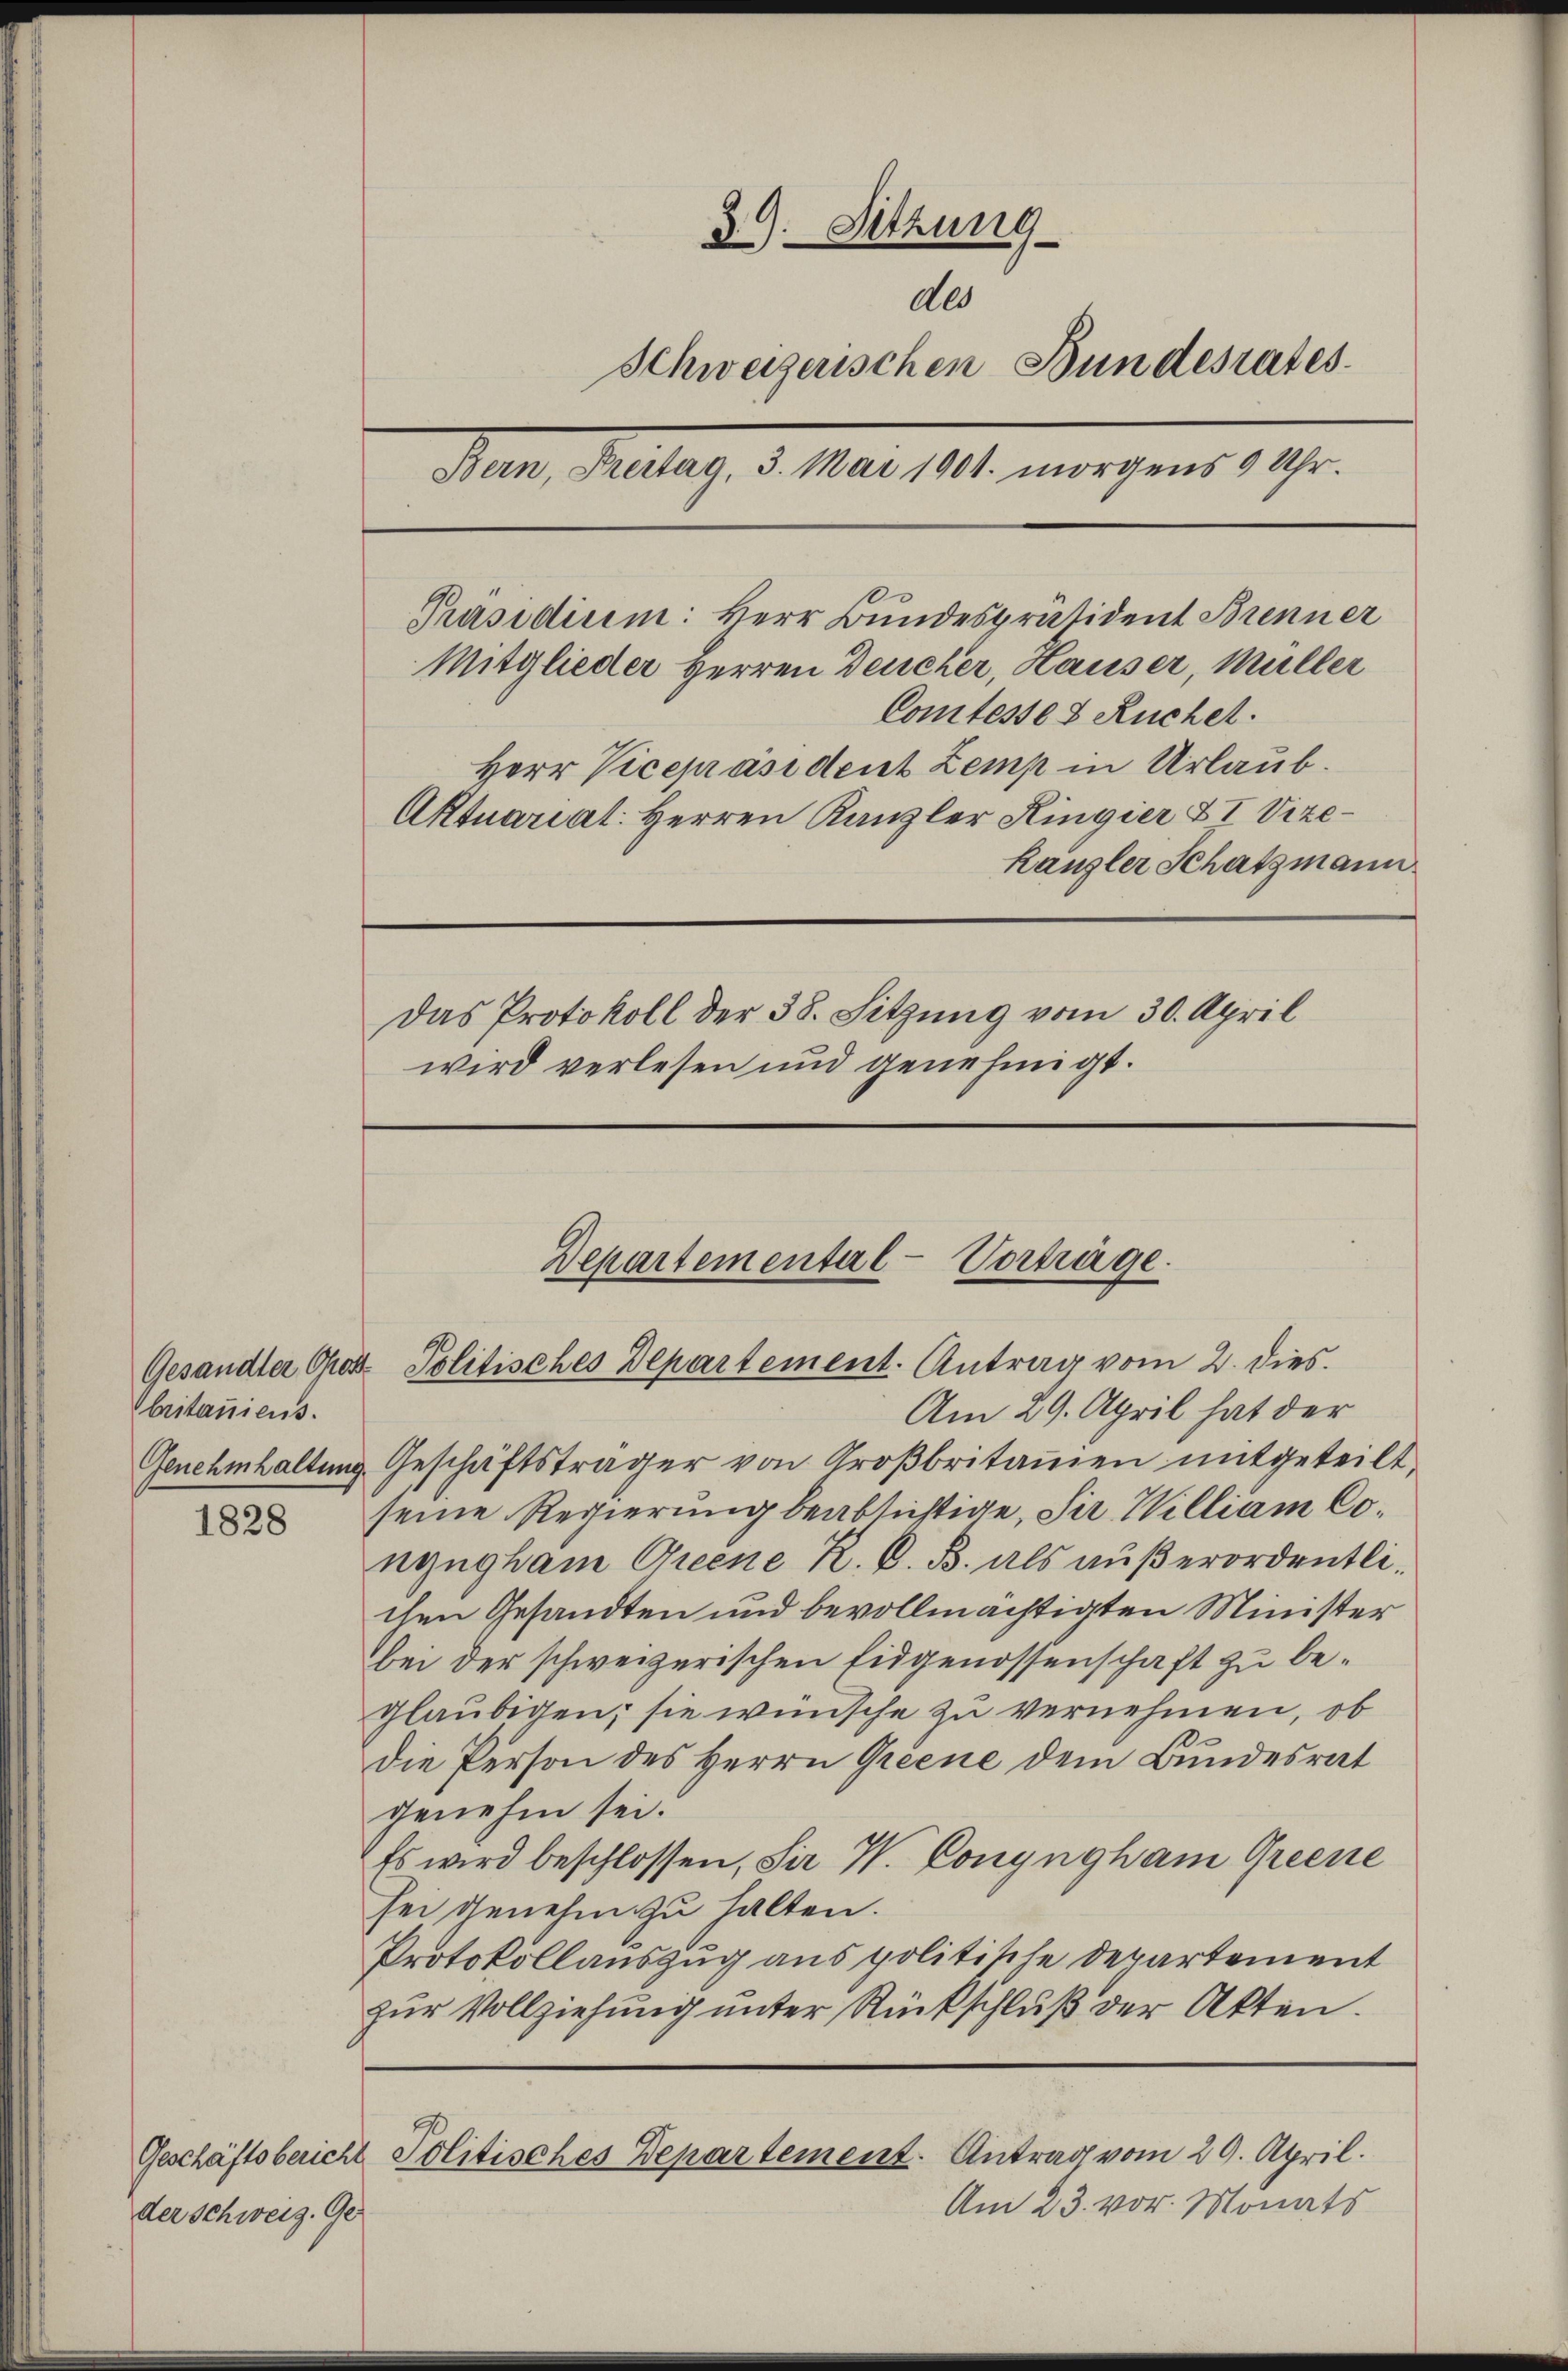
britaniens.

1828

der Schweiz. Ge

39. Sitzung
des
Schweizerischen Bundesrates.
Der Rechtung, d. M. 1841. wegens 10fr.
Präsidium: Herr Bundespräsident Brenner
Mitglieder Herren Deucher, Hauser, Müller
Comtesse & Ruchel.
Herr Vicepräsident Zemp in Urlaub.
Aktuariat: Herren Kanzler Ringier & I Vize¬
Kanzler Schatzmann
Das Protokoll der 38. Sitzung vom 30. April
wird verlesen und genehmigt.

Am 29. April hat der
Genehmhaltung Geschäftsträger von Großbritamen mitgeteilt.
seine Regierung beabsichtige, der William Conzngham Grene R. V. B. als außerordentlichen Gesandten und bevollmächtigten Minister
bei der schweizerischen Eidgenossenschaft zu begläubigen; sie wünsche zu vernehmen, ob
Die Person des Herrn Griene dem Bundesrat
genehm sei.
Es wird beschlossen, Sir V. Conyngham Greene
sei genehm zu halten.
Protokollauszug aus politikle Departement
zur Vollziehung unter Rückschluß der Akten.

Departementar
Vorträge.
Gesandter Gros Politisches Departement. Antrag vom 2. dies

Geschäftsbericht Politisches Departement. Antrag vom 29. April.

Am 23. vor. Monats